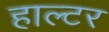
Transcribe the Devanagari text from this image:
हाल्टर